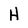
Character: H